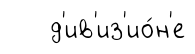
д'ив'из'ио́н'е